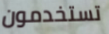
تستخدمون